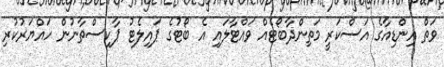
ވަތް އިންޑިއާގެ އަސްކަރީ މަތިންދާބޯޓެއް ވައްޓާލައި އެ ބޯޓުގެ ޕައިލެޓު ޕާކިސްތާނުން ހައްޔަރުކުރި